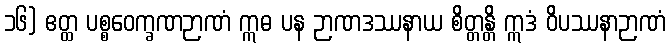
၁၆) ဧတ္ထ ပစ္စဝေက္ခဏဉာဏံ ဣဓ ပန ဉာဏဒဿနာယ စိတ္တန္တိ ဣဒံ ဝိပဿနာဉာဏံ